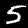
Digit: 5